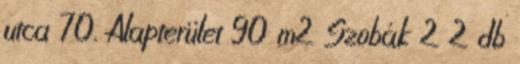
utca 70. Alapterület 90 m2 Szobák 2 2 db